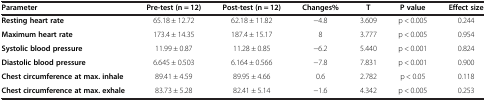
<table><thead><tr><td><b>Parameter</b></td><td><b>Pre-test (n = 12)</b></td><td><b>Post-test (n = 12)</b></td><td><b>Changes%</b></td><td><b>T</b></td><td><b>P value</b></td><td><b>Effect size</b></td></tr></thead><tbody><tr><td><b>Resting heart rate</b></td><td>65.18 ± 12.72</td><td>62.18 ± 11.82</td><td>−4.8</td><td>3.609</td><td>p &lt; 0.005</td><td>0.244</td></tr><tr><td><b>Maximum heart rate</b></td><td>173.4 ± 14.35</td><td>187.4 ± 15.17</td><td>8</td><td>3.777</td><td>p &lt; 0.005</td><td>0.954</td></tr><tr><td><b>Systolic blood pressure</b></td><td>11.99 ± 0.87</td><td>11.28 ± 0.85</td><td>−6.2</td><td>5.440</td><td>p &lt; 0.001</td><td>0.824</td></tr><tr><td><b>Diastolic blood pressure</b></td><td>6.645 ± 0.503</td><td>6.164 ± 0.566</td><td>−7.8</td><td>7.831</td><td>p &lt; 0.001</td><td>0.900</td></tr><tr><td><b>Chest circumference at max. inhale</b></td><td>89.41 ± 4.59</td><td>89.95 ± 4.66</td><td>0.6</td><td>2.782</td><td>p &lt; 0.05</td><td>0.118</td></tr><tr><td><b>Chest circumference at max. exhale</b></td><td>83.73 ± 5.28</td><td>82.41 ± 5.14</td><td>−1.6</td><td>4.342</td><td>p &lt; 0.005</td><td>0.253</td></tr></tbody></table>